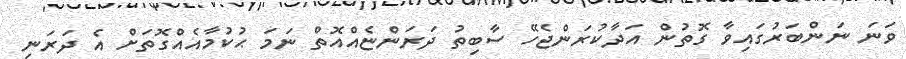
ވަނަ ނަންބަރުގައިވާ ގޮތުން އަދާކުރަންޖެހޭ ސާބިތު ދަރަންޏެއްއޮތް ނަމަ ޙުކުމާއެއްގޮތަށް އެ ދަރަނި